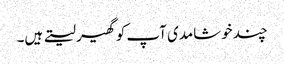
چند خوشامدی آپ کو گھیر لیتے ہیں۔